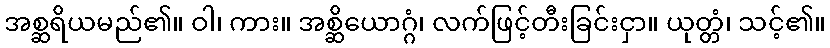
အစ္ဆရိယမည်၏။ ဝါ၊ ကား။ အစ္ဆိယောဂ္ဂံ၊ လက်ဖြင့်တီးခြင်းငှာ။ ယုတ္တံ၊ သင့်၏။